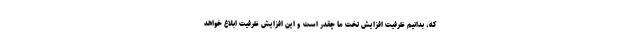
که، بدانیم ظرفیت افزایش تخت ما چقدر است و این افزایش ظرفیت ابلاغ خواهد